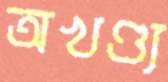
অখণ্ড্য